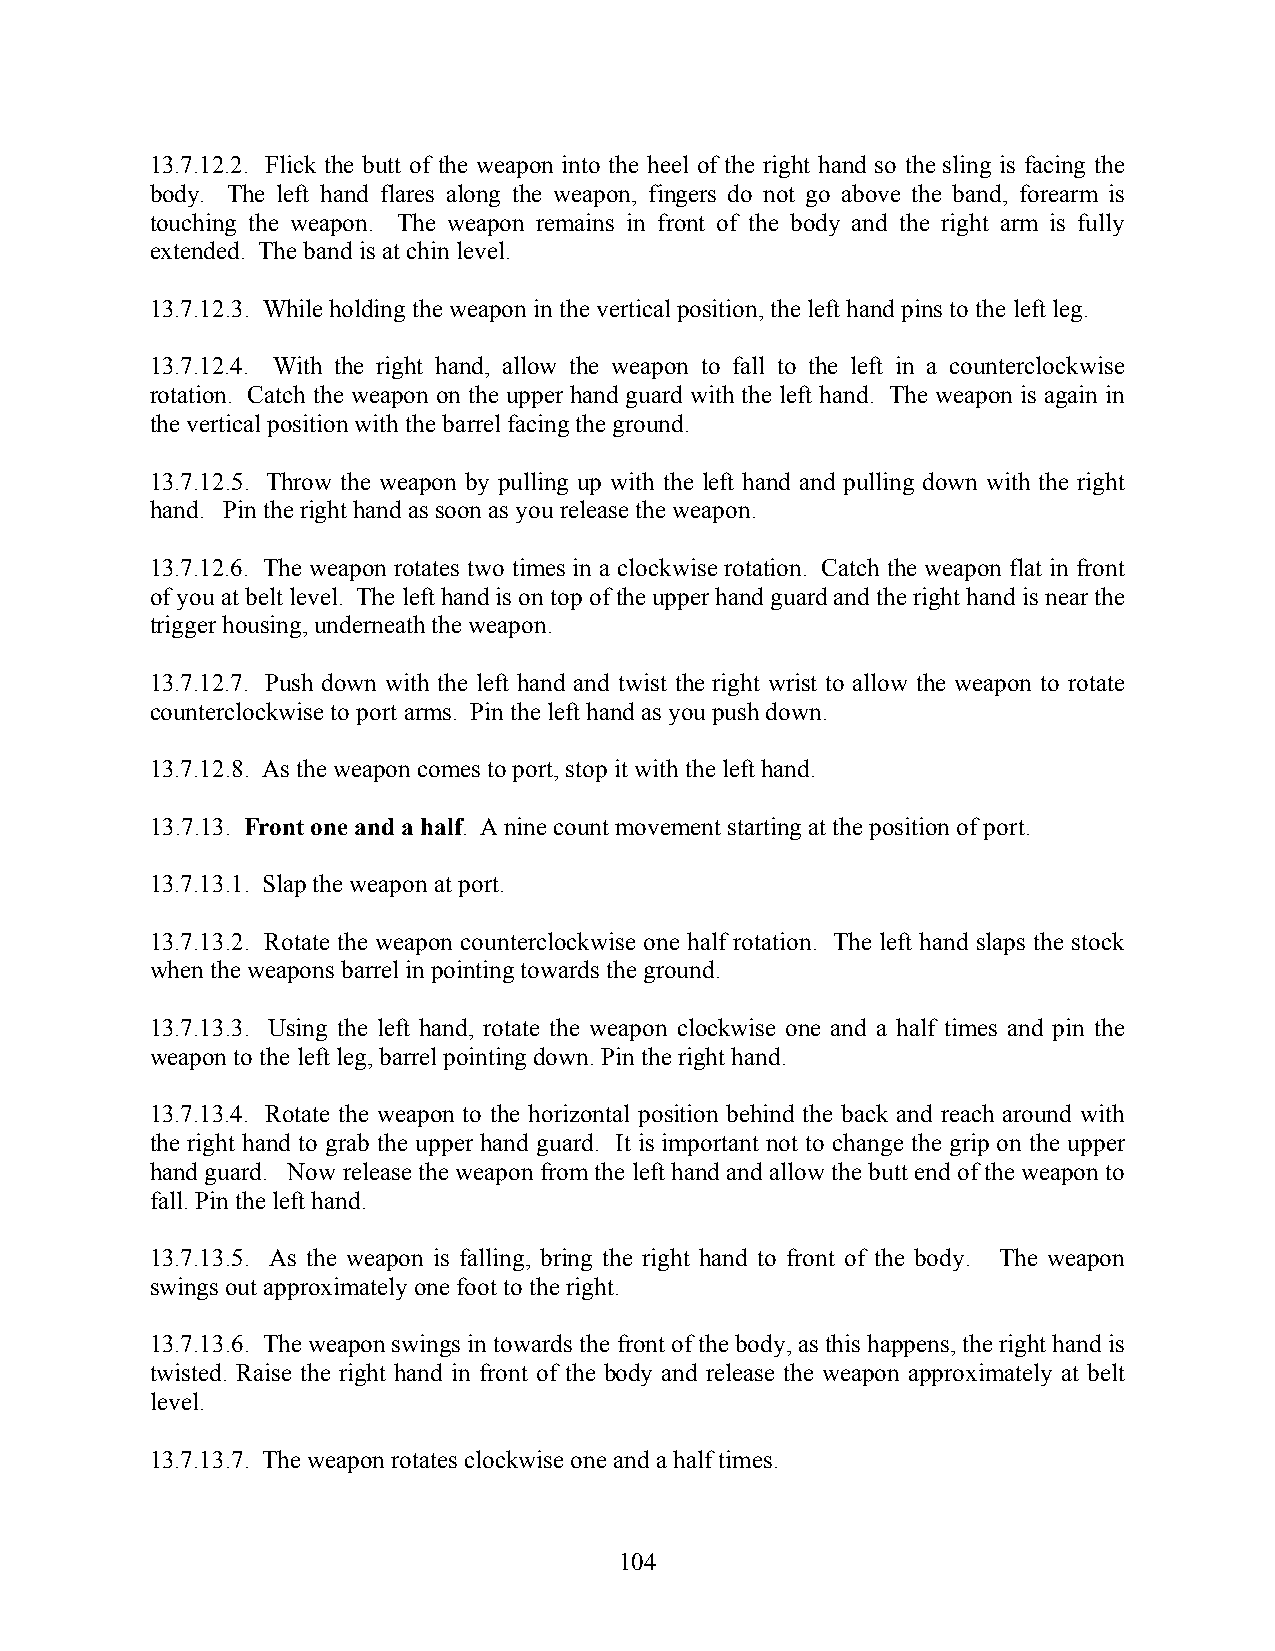
13.7.12.2. Flick the butt of the weapon into the heel of the right hand so the sling is facing the
 body. The left hand flares along the weapon, fingers do not go above the band, forearm is
 touching the weapon. The weapon remains in front of the body and the right arm is fully
 extended. The band is at chin level.
 13.7.12.3. While holding the weapon in the vertical position, the left hand pins to the left leg.
 13.7.12.4. With the right hand, allow the weapon to fall to the left in a counterclockwise
 rotation. Catch the weapon on the upper hand guard with the left hand. The weapon is again in
 the vertical position with the barrel facing the ground.
 13.7.12.5. Throw the weapon by pulling up with the left hand and pulling down with the right
 hand. Pin the right hand as soon as you release the weapon.
 13.7.12.6. The weapon rotates two times in a clockwise rotation. Catch the weapon flat in front
 of you at belt level. The left hand is on top of the upper hand guard and the right hand is near the
 trigger housing, underneath the weapon.
 13.7.12.7. Push down with the left hand and twist the right wrist to allow the weapon to rotate
 counterclockwise to port arms. Pin the left hand as you push down.
 13.7.12.8. As the weapon comes to port, stop it with the left hand.
 13.7.13. Front one and a half. A nine count movement starting at the position of port.
 13.7.13.1. Slap the weapon at port.
 13.7.13.2. Rotate the weapon counterclockwise one half rotation. The left hand slaps the stock
 when the weapons barrel in pointing towards the ground.
 13.7.13.3. Using the left hand, rotate the weapon clockwise one and a half times and pin the
 weapon to the left leg, barrel pointing down. Pin the right hand.
 13.7.13.4. Rotate the weapon to the horizontal position behind the back and reach around with
 the right hand to grab the upper hand guard. It is important not to change the grip on the upper
 hand guard. Now release the weapon from the left hand and allow the butt end of the weapon to
 fall. Pin the left hand.
 13.7.13.5. As the weapon is falling, bring the right hand to front of the body. The weapon
 swings out approximately one foot to the right.
 13.7.13.6. The weapon swings in towards the front of the body, as this happens, the right hand is
 twisted. Raise the right hand in front of the body and release the weapon approximately at belt
 level.
 13.7.13.7. The weapon rotates clockwise one and a half times.
 104